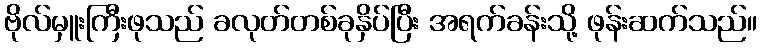
ဗိုလ်မှူးကြီးဖုသည် ခလုတ်တစ်ခုနှိပ်ပြီး အရက်ခန်းသို့ ဖုန်းဆက်သည်။